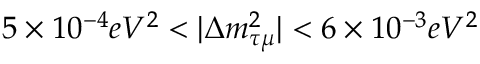
5 \times 1 0 ^ { - 4 } e V ^ { 2 } < | \Delta m _ { \tau \mu } ^ { 2 } | < 6 \times 1 0 ^ { - 3 } e V ^ { 2 }